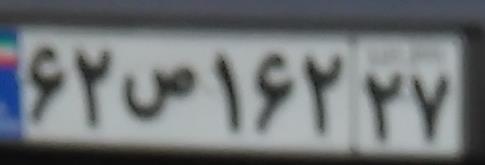
۶۲ص۱۶۲۲۷